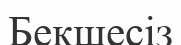
Бекшесіз